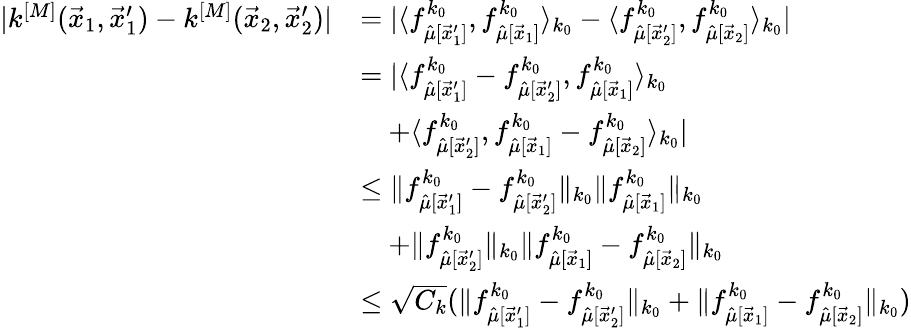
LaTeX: \begin{array}{rl}{|k^{[M]}(\vec{x}_{1},\vec{x}_{1}^{\prime})-k^{[M]}(\vec{x}_{2},\vec{x}_{2}^{\prime})|}&{=|\langle f_{\hat{\mu}[\vec{x}_{1}^{\prime}]}^{k_{0}},f_{\hat{\mu}[\vec{x}_{1}]}^{k_{0}}\rangle_{k_{0}}-\langle f_{\hat{\mu}[\vec{x}_{2}^{\prime}]}^{k_{0}},f_{\hat{\mu}[\vec{x}_{2}]}^{k_{0}}\rangle_{k_{0}}|}\\ &{=|\langle f_{\hat{\mu}[\vec{x}_{1}^{\prime}]}^{k_{0}}-f_{\hat{\mu}[\vec{x}_{2}^{\prime}]}^{k_{0}},f_{\hat{\mu}[\vec{x}_{1}]}^{k_{0}}\rangle_{k_{0}}}\\ &{\quad+\langle f_{\hat{\mu}[\vec{x}_{2}^{\prime}]}^{k_{0}},f_{\hat{\mu}[\vec{x}_{1}]}^{k_{0}}-f_{\hat{\mu}[\vec{x}_{2}]}^{k_{0}}\rangle_{k_{0}}|}\\ &{\leq\| f_{\hat{\mu}[\vec{x}_{1}^{\prime}]}^{k_{0}}-f_{\hat{\mu}[\vec{x}_{2}^{\prime}]}^{k_{0}}\| _{k_{0}}\| f_{\hat{\mu}[\vec{x}_{1}]}^{k_{0}}\| _{k_{0}}}\\ &{\quad+\| f_{\hat{\mu}[\vec{x}_{2}^{\prime}]}^{k_{0}}\| _{k_{0}}\| f_{\hat{\mu}[\vec{x}_{1}]}^{k_{0}}-f_{\hat{\mu}[\vec{x}_{2}]}^{k_{0}}\| _{k_{0}}}\\ &{\leq\sqrt{C_{k}}(\| f_{\hat{\mu}[\vec{x}_{1}^{\prime}]}^{k_{0}}-f_{\hat{\mu}[\vec{x}_{2}^{\prime}]}^{k_{0}}\| _{k_{0}}+\| f_{\hat{\mu}[\vec{x}_{1}]}^{k_{0}}-f_{\hat{\mu}[\vec{x}_{2}]}^{k_{0}}\| _{k_{0}})}\end{array}